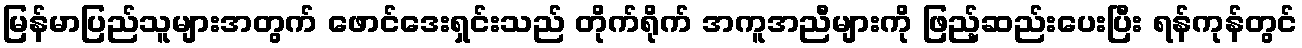
မြန်မာပြည်သူများအတွက် ဖောင်ဒေးရှင်းသည် တိုက်ရိုက် အကူအညီများကို ဖြည့်ဆည်းပေးပြီး ရန်ကုန်တွင်